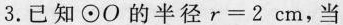
3.已知⊙O的半径$$r = 2 c m$$，当